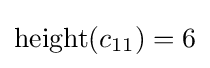
\operatorname {height} (c_{11})=6